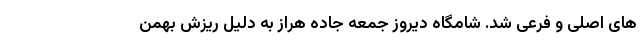
های اصلی و فرعی شد. شامگاه دیروز جمعه جاده هراز به دلیل ریزش بهمن